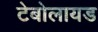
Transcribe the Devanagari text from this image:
टेबोलायड